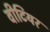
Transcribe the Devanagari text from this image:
वीटियर